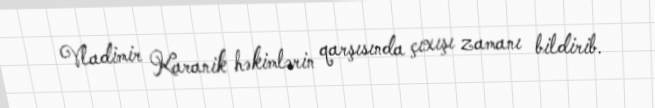
Vladimir Karanik həkimlərin qarşısında çıxışı zamanı bildirib.